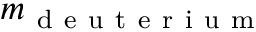
m _ { \mathrm { ~ d ~ e ~ u ~ t ~ e ~ r ~ i ~ u ~ m ~ } }